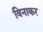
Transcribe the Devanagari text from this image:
विनाकर